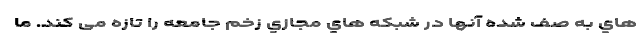
هاي به صف شده آنها در شبكه هاي مجازي زخم جامعه را تازه می کند. ما